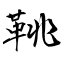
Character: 鞉